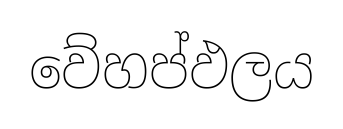
වේහප්ඵලය